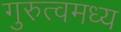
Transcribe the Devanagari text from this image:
गुरुत्वमध्य